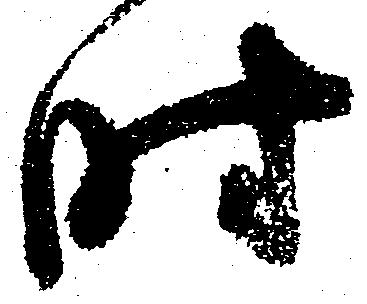
時